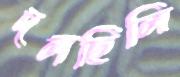
দলছিলি